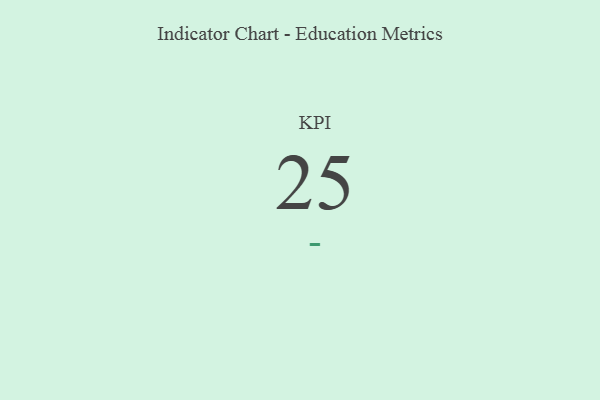
{"axis": {"x": "KPI", "y": "Value"}, "legend": [""], "data": [{"x": "KPI", "y": 25, "type": ""}]}